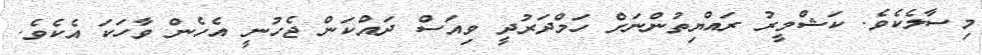
މިސާލެކެވެ. ކަޝްމީރު ރައްޔިތުންނަށް ހަމްދަރުދީ ވިއަސް ދައްކަން ޖެހުނީ އެހެން ވާހަކަ އެކެވެ.